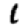
Digit: 1